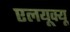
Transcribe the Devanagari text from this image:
एलयूक्यू